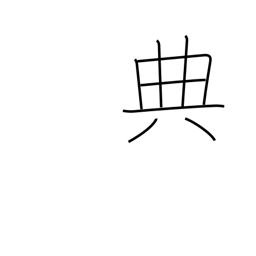
Meaning: code